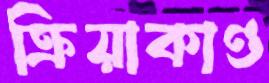
ক্রিয়াকাণ্ড